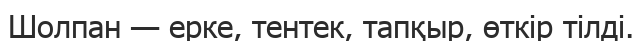
Шолпан — ерке, тентек, тапқыр, өткір тілді.